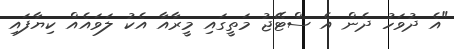
"އެ ދުވަހު ދެން އެ ސްޓޭޖު މަތީގައި މީރާއާ އެކު ލަވައެއް ކިޔާފައި